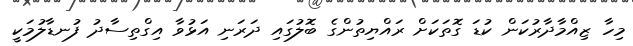
މިހާ ޒިއްމާދާރުކަން ކުޑަ ގޮތަކަށް ރައްޔިތުންގެ ބޮލުގައި ދަރަނި އަޅުވާ އިގްތިސާދު ފުނޑާލުމަކީ